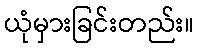
ယုံမှားခြင်းတည်း။